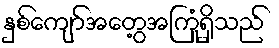
နှစ်ကျော်အတွေ့အကြုံရှိသည်